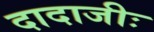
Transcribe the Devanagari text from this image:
दादाजीः